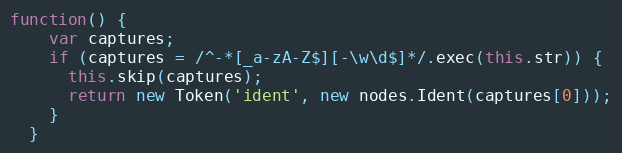
Language: JavaScript
function() {
    var captures;
    if (captures = /^-*[_a-zA-Z$][-\w\d$]*/.exec(this.str)) {
      this.skip(captures);
      return new Token('ident', new nodes.Ident(captures[0]));
    }
  }